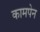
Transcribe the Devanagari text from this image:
कामपेन